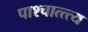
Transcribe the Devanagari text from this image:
पाश्चात्त्त्य